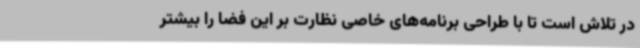
در تلاش است تا با طراحی برنامه‌های خاصی نظارت بر این فضا را بیشتر